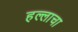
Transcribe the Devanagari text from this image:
हल्लाचा